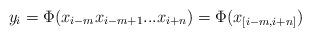
LaTeX: \begin{align*} y_{i}=\Phi(x_{i-m}x_{i-m+1}...x_{i+n})=\Phi(x_{[i-m,i+n]})\end{align*}